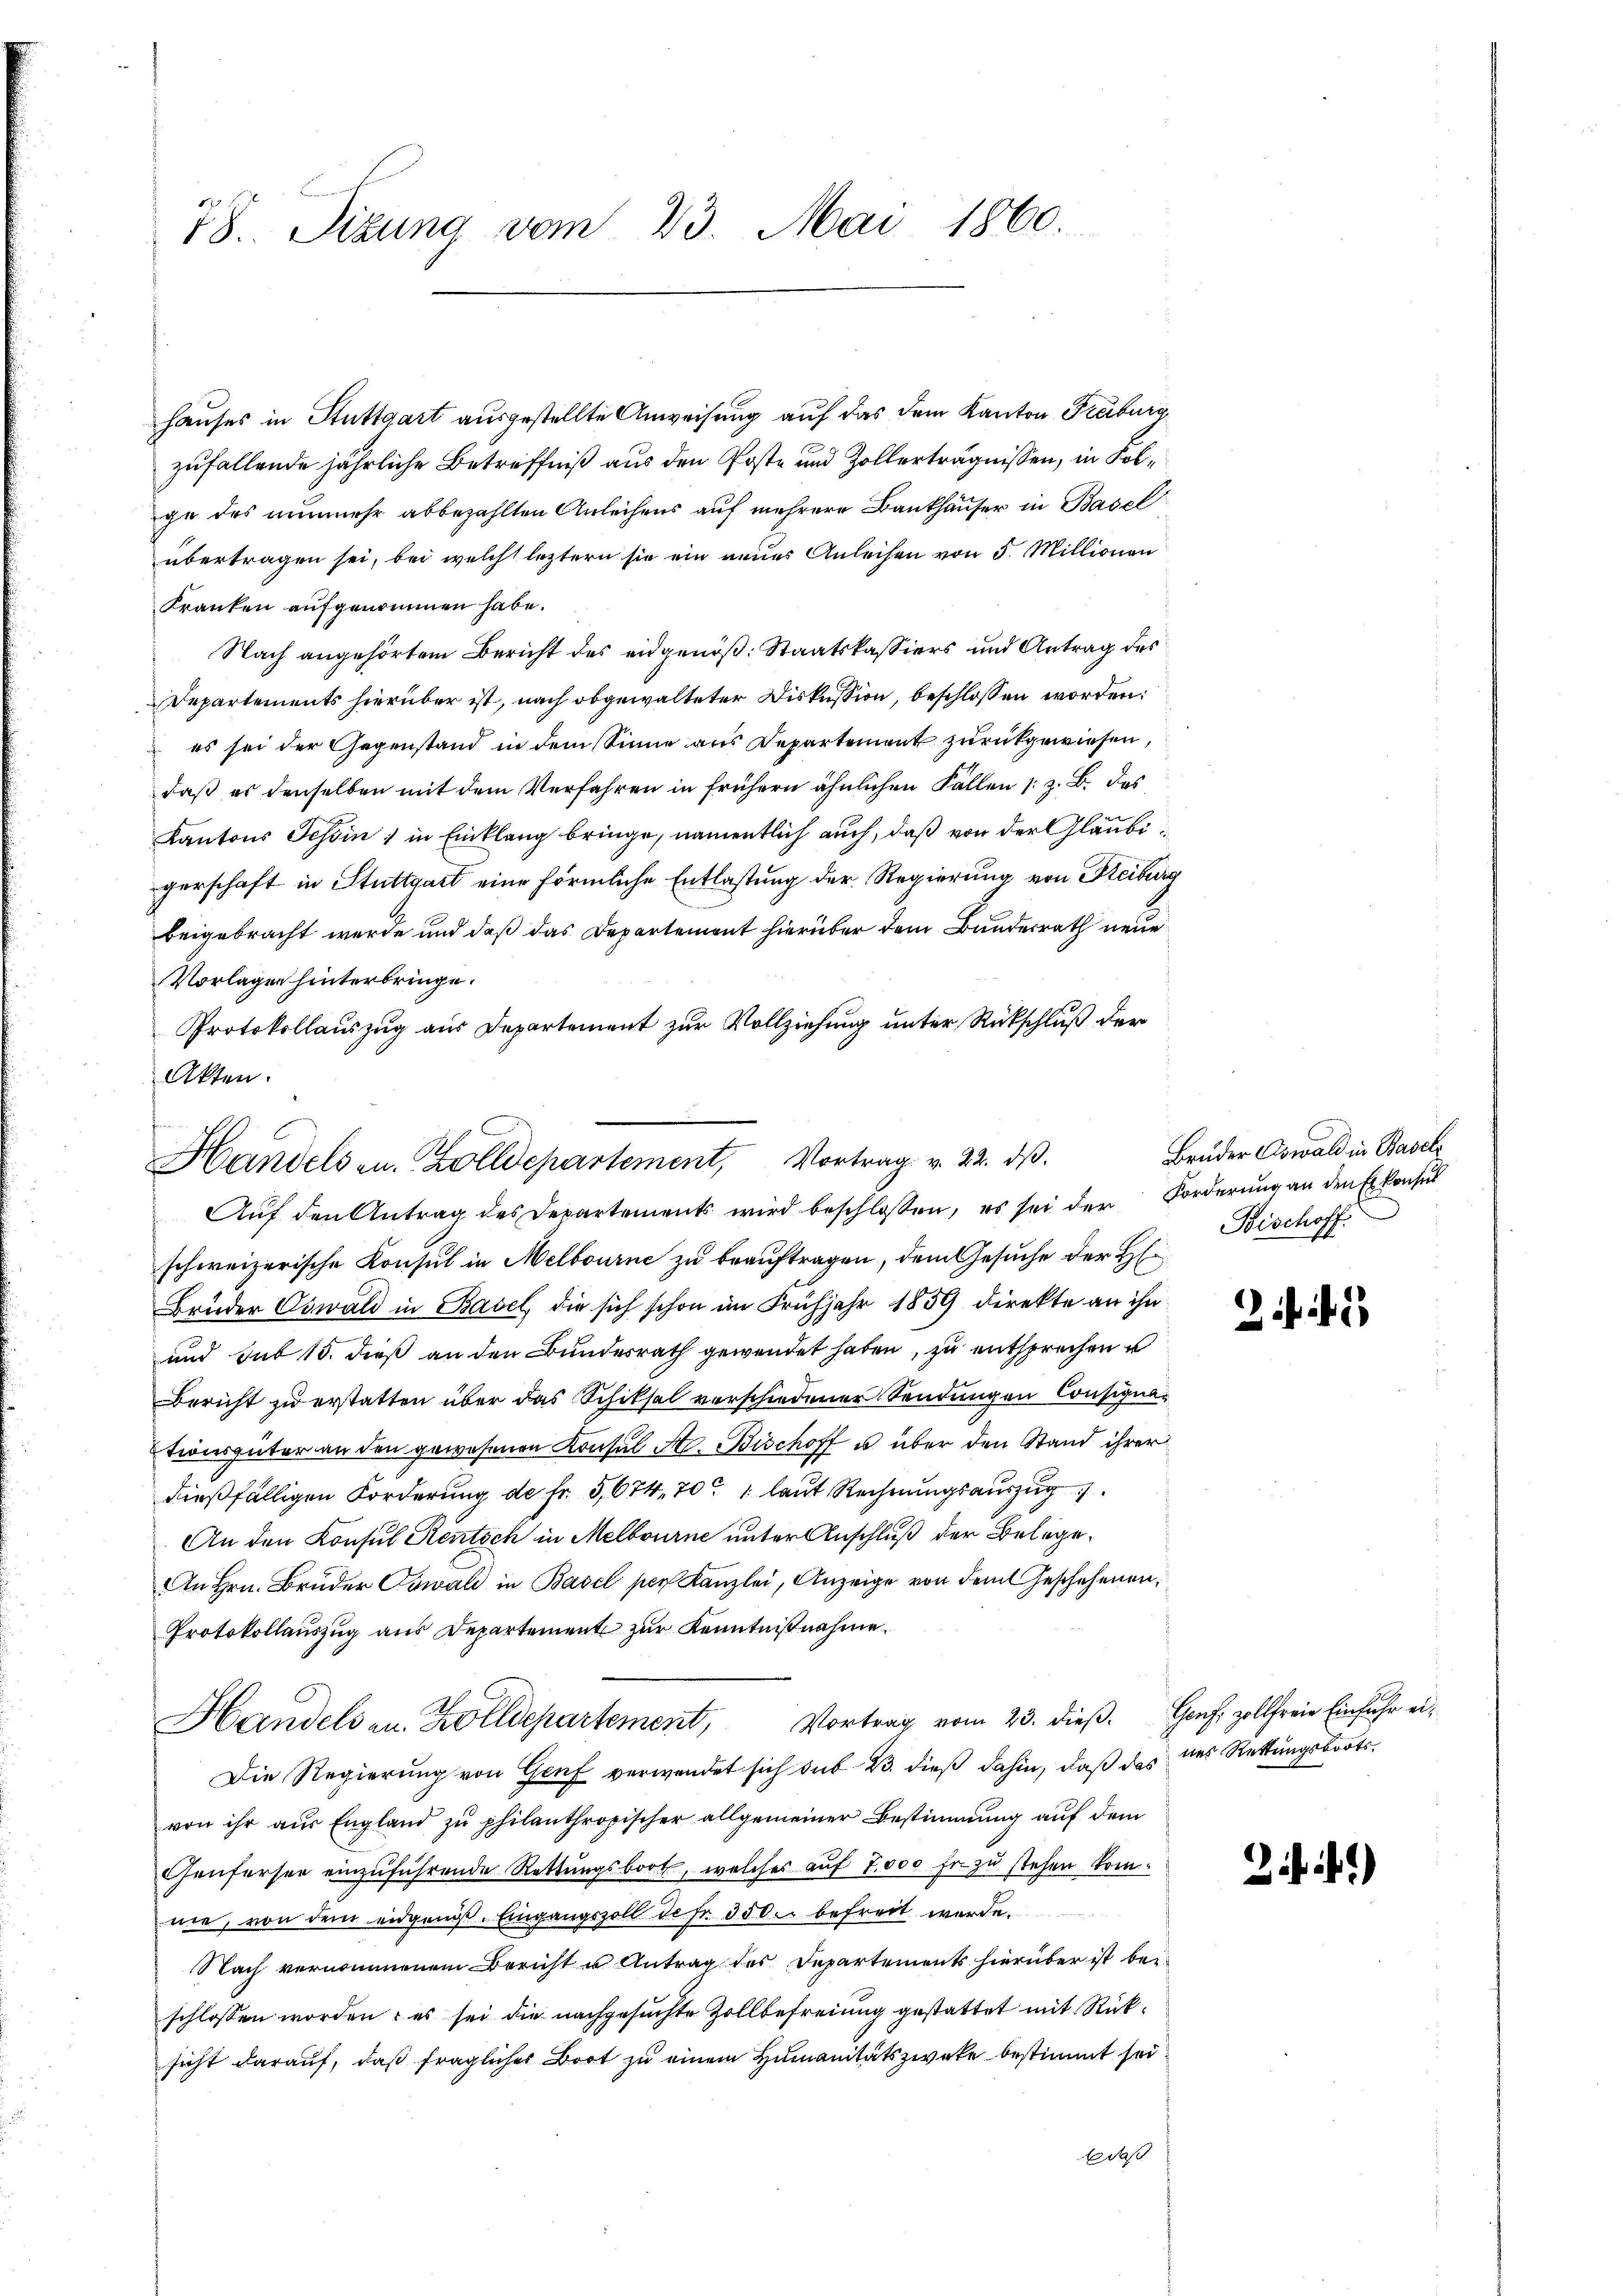
78. Sizung vom 23. Mai 1860.

hauses in Stuttgart ausgestellte Anweisung auf das dem Kanton Freiburg
zufallende jährliche Betreffniß aus den Poste und Zollerträgnissen, in Folge des nunmehr abbezahlten Anleihens auf mehrere Bankhauser in Basel
übertragen sei, bei welcht leztern sie ein neues Anleihen von 5. Millionen
Franken aufgenommen habe.
Nach angehörtem Bericht des eidgenöß: Staatskassiers und Antrag des
Departements hierüber ist, nach obgewalteter Diskussion, beschlossen worden:
 es sei der Gegenstand in dem Sinne aus Departement zurückgewiesen,
daß es denselben mit dem Verfahren in frühern ähnlichen Fällen (z. B. das
Kantons Tessin; in Einklang bringe, namentlich auch, daß von der Gläubigerschaft in Stuttgart eine förmliche Entlastung der Regierung von Reiburg
beigebracht werde und daß das Departement hierüber dem Bundesrath neue
Vorlagen hinterbringe.
Protokollauszug aus Departement zur Vollziehung unter Rückschluß der
schweizerische Konsul in Melbourne zu beauftragen, dem Gesuche der H.
Brüder Oswald in Basel, die sich schon im Frühjahr 1859 direkte an ihn
und sub 15. dieß an den Bundesrath gewendet haben, zu entsprechen u
Bericht zu erstatten über das Schiksal verschiedener Sendungen Consignationsgüter an den gewesenen Konsul St. Bischoff u. über den Stand ihrer
dießfälligen Forderung de fr. 5,674, 70 laut Rechnungsauszug
An den Konsul Kentsch in Melbourne unter Anschluß der Belege¬
An Hrn. Bruder Oswald in Basel per Kanzlei, Anzeige von dem Geschehenen,
Protokollauszug aus Departement zur Kenntnißnahme
Handelsen. Zolldepartement, Vortrag vom 23. dieß. Genf zollfreie Einfuhr ei¬
Die Regierung von Genf verwendet sich sub 23. dieß dahin, daß das des Rettungsboots
von ihr aŭs England zŭ philanthropischer allgemeiner Bestimmung aŭf dem
Geüferser einzŭführende Rettŭngsboot, welches auf 7000 Fr. zu stehen komnie, von dem eidgenöß. Eingangszoll de fr. 30kr. befreit werde.
Nach vernommenem Bericht u Antrag des Departements hierüber ist beischlossen worden; es sei die nachgesuchte Zollbefreiung gestattet mit Rücksicht darauf, daß fragliches Boot zu einem Humanitätszwecke bestimmt sei
Edaß

Akten.
Handels u. Zolldepartement, Vortrag v. 22. dβ.
Aŭf den Antrag des Departements wird beschlossen, es sei der Forderung an den Erkonsul

Bruder Oswald in Basel
Bischoff

245

2)